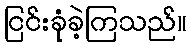
ငြင်းခုံခဲ့ကြသည်။